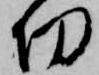
切